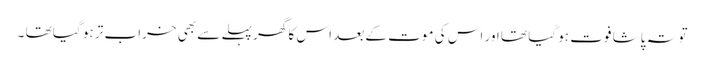
تو تہ پاشا فوت ہو گیا تھا اور اس کی موت کے بعد اس کا گھر پہلے سے بھی خراب تر ہو گیا تھا ۔